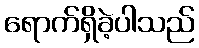
ရောက်ရှိခဲ့ပါသည်